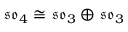
{ \mathfrak { s o } } _ { 4 } \cong { \mathfrak { s o } } _ { 3 } \oplus { \mathfrak { s o } } _ { 3 }